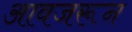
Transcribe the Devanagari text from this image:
आवजरून